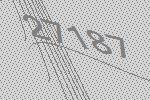
27187